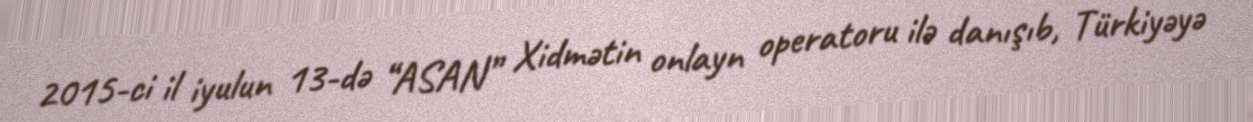
2015-ci il iyulun 13-də “ASAN” Xidmətin onlayn operatoru ilə danışıb, Türkiyəyə